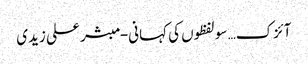
آئزک… سو لفظوں کی کہانی- مبشر علی زیدی